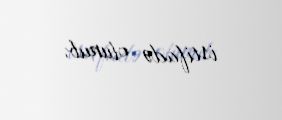
istifadə olunub.